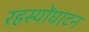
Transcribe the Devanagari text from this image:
रहस्योंघाटन